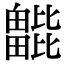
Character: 𣬖